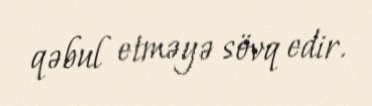
qəbul etməyə sövq edir.